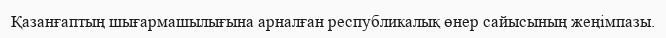
Қазанғаптың шығармашылығына арналған республикалық өнер сайысының жеңімпазы.